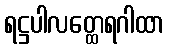
ရဋ္ဌပါလတ္ထေရဂါထာ